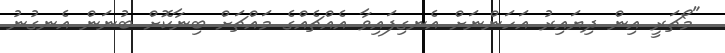
"މޯޗަރީ އިން ދިޔައިރު އަހަންނަށް އެނގިފައިވާ އެއްޗެއްގެ މައްޗަށް ބިނާކޮށް ބުނަން އެނގުނު